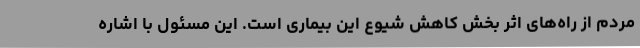
مردم از راه‌های اثر بخش کاهش شیوع این بیماری است. این مسئول با اشاره